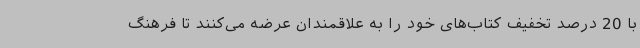
با 20 درصد تخفیف کتاب‌های خود را به علاقمندان عرضه می‌کنند تا فرهنگ